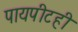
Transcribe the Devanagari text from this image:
पायपीटही